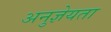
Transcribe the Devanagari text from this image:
अनुज्ञेयता